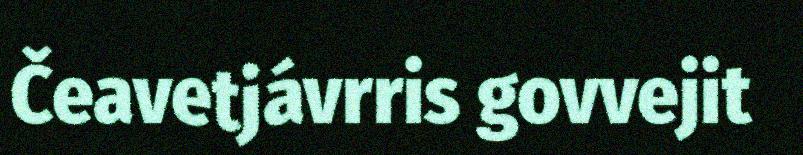
Čeavetjávrris govvejit